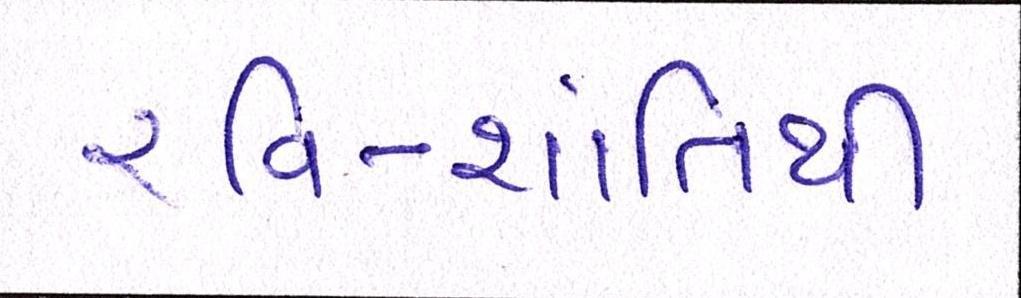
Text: રવિ-શાંતિથી